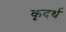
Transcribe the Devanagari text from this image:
कृदर्थ